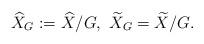
LaTeX: \begin{align*}\widehat X_G:=\widehat X/G,~\widetilde X_G=\widetilde X/G.\end{align*}